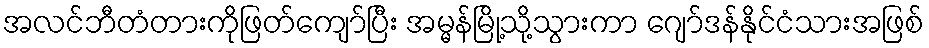
အလင်ဘီတံတားကိုဖြတ်ကျော်ပြီး အမ္မန်မြို့သို့သွားကာ ဂျော်ဒန်နိုင်ငံသားအဖြစ်